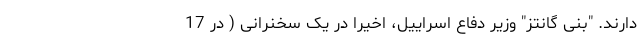
دارند. "بنی گانتز" وزیر دفاع اسراییل، اخیرا در یک سخنرانی ( در 17